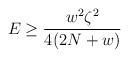
\begin{align*}E \geq \frac{w^2 \zeta^2}{4(2 N + w)} \end{align*}